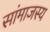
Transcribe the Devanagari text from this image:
सांमाजस्य